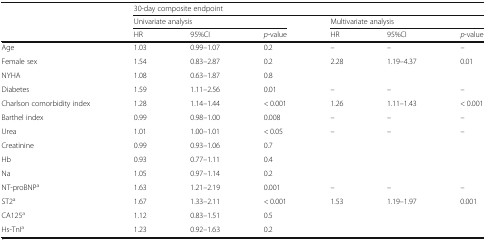
<table><thead><tr><td></td><td colspan="6"><b>30-day composite endpoint</b></td></tr><tr><td></td><td colspan="3"><b>Univariate analysis</b></td><td colspan="3"><b>Multivariate analysis</b></td></tr><tr><td></td><td><b>HR</b></td><td><b>95%CI</b></td><td><b><i>p</i>-value</b></td><td><b>HR</b></td><td><b>95%CI</b></td><td><b><i>p</i>-value</b></td></tr></thead><tbody><tr><td>Age</td><td>1.03</td><td>0.99–1.07</td><td>0.2</td><td>–</td><td>–</td><td>–</td></tr><tr><td>Female sex</td><td>1.54</td><td>0.83–2.87</td><td>0.2</td><td>2.28</td><td>1.19–4.37</td><td>0.01</td></tr><tr><td>NYHA</td><td>1.08</td><td>0.63–1.87</td><td>0.8</td><td></td><td></td><td></td></tr><tr><td>Diabetes</td><td>1.59</td><td>1.11–2.56</td><td>0.01</td><td>–</td><td>–</td><td>–</td></tr><tr><td>Charlson comorbidity index</td><td>1.28</td><td>1.14–1.44</td><td>&lt; 0.001</td><td>1.26</td><td>1.11–1.43</td><td>&lt; 0.001</td></tr><tr><td>Barthel index</td><td>0.99</td><td>0.98–1.00</td><td>0.008</td><td>–</td><td>–</td><td>–</td></tr><tr><td>Urea</td><td>1.01</td><td>1.00–1.01</td><td>&lt; 0.05</td><td>–</td><td>–</td><td>–</td></tr><tr><td>Creatinine</td><td>0.99</td><td>0.93–1.06</td><td>0.7</td><td></td><td></td><td></td></tr><tr><td>Hb</td><td>0.93</td><td>0.77–1.11</td><td>0.4</td><td></td><td></td><td></td></tr><tr><td>Na</td><td>1.05</td><td>0.97–1.14</td><td>0.2</td><td></td><td></td><td></td></tr><tr><td>NT-proBNP<sup>a</sup></td><td>1.63</td><td>1.21–2.19</td><td>0.001</td><td>–</td><td>–</td><td>–</td></tr><tr><td>ST2<sup>a</sup></td><td>1.67</td><td>1.33–2.11</td><td>&lt; 0.001</td><td>1.53</td><td>1.19–1.97</td><td>0.001</td></tr><tr><td>CA125<sup>a</sup></td><td>1.12</td><td>0.83–1.51</td><td>0.5</td><td></td><td></td><td></td></tr><tr><td>Hs-TnI<sup>a</sup></td><td>1.23</td><td>0.92–1.63</td><td>0.2</td><td></td><td></td><td></td></tr></tbody></table>